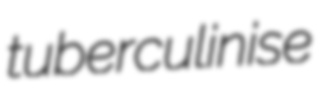
tuberculinise